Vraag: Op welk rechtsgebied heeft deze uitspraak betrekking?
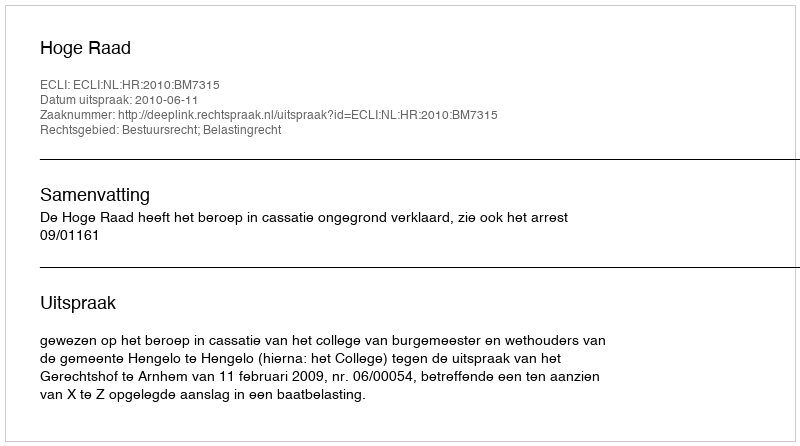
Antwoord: Bestuursrecht; Belastingrecht